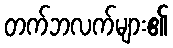
တက်ဘလက်များ၏